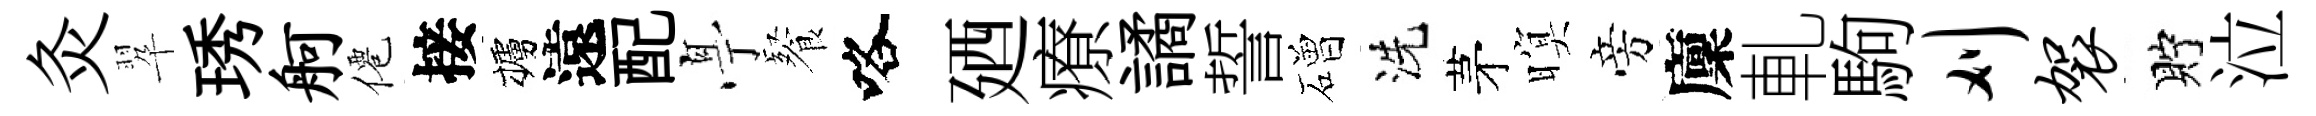
灸翆琇舸僊接櫨遠配𠅘餐咯廼療譎誓磳洗茅暝旁廩軋駒刈袈貯泣